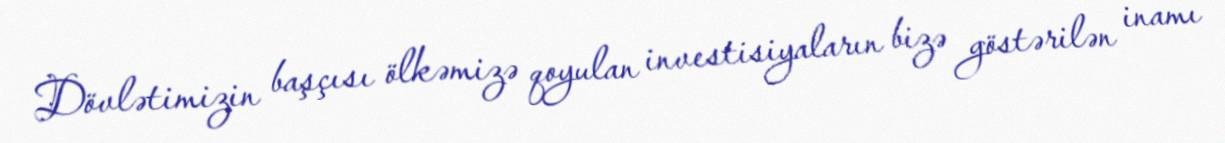
Dövlətimizin başçısı ölkəmizə qoyulan investisiyaların bizə göstərilən inamı